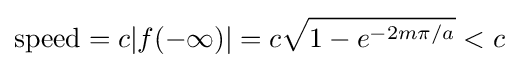
\mathrm {speed} =c|f(-\infty )|=c{\sqrt {1-e^{-2m\pi /a}}}<c